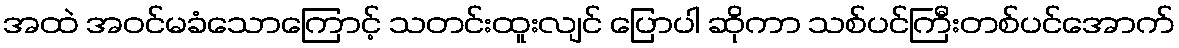
အထဲ အဝင်မခံသောကြောင့် သတင်းထူးလျင် ပြောပါ ဆိုကာ သစ်ပင်ကြီးတစ်ပင်အောက်